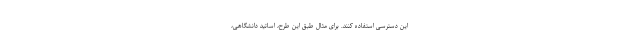
این دسترسی استفاده کنند. برای مثال طبق این طرح، اساتید دانشگاهی،